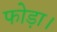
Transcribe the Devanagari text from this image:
फोड़ा।